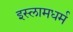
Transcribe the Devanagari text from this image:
इस्लामधर्म